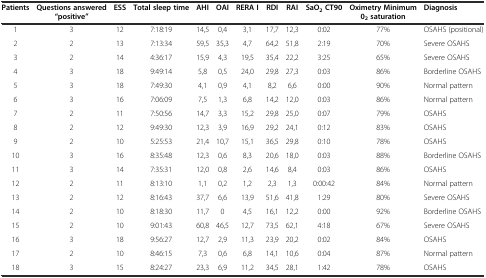
<table><thead><tr><td><b>Patients</b></td><td><b>Questions answered “positive”</b></td><td><b>ESS</b></td><td><b>Total sleep time</b></td><td><b>AHI</b></td><td><b>OAI</b></td><td><b>RERA I</b></td><td><b>RDI</b></td><td><b>RAI</b></td><td><b>SaO<sub>2</sub> CT90</b></td><td><b>Oximetry Minimum 0<sub>2</sub> saturation</b></td><td><b>Diagnosis</b></td></tr></thead><tbody><tr><td>1</td><td>3</td><td>12</td><td>7:18:19</td><td>14,5</td><td>0,4</td><td>3,1</td><td>17,7</td><td>12,3</td><td>0:02</td><td>77%</td><td>OSAHS (positional)</td></tr><tr><td>2</td><td>2</td><td>13</td><td>7:13:34</td><td>59,5</td><td>35,3</td><td>4,7</td><td>64,2</td><td>51,8</td><td>2:19</td><td>70%</td><td>Severe OSAHS</td></tr><tr><td>3</td><td>2</td><td>14</td><td>4:36:17</td><td>15,9</td><td>4,3</td><td>19,5</td><td>35,4</td><td>22,2</td><td>3:25</td><td>65%</td><td>Severe OSAHS</td></tr><tr><td>4</td><td>3</td><td>18</td><td>9:49:14</td><td>5,8</td><td>0,5</td><td>24,0</td><td>29,8</td><td>27,3</td><td>0:03</td><td>86%</td><td>Borderline OSAHS</td></tr><tr><td>5</td><td>3</td><td>18</td><td>7:49:30</td><td>4,1</td><td>0,9</td><td>4,1</td><td>8,2</td><td>6,6</td><td>0:00</td><td>90%</td><td>Normal pattern</td></tr><tr><td>6</td><td>3</td><td>16</td><td>7:06:09</td><td>7,5</td><td>1,3</td><td>6,8</td><td>14,2</td><td>12,0</td><td>0:03</td><td>86%</td><td>Normal pattern</td></tr><tr><td>7</td><td>2</td><td>11</td><td>7:50:56</td><td>14,7</td><td>3,3</td><td>15,2</td><td>29,8</td><td>25,0</td><td>0:07</td><td>79%</td><td>OSAHS</td></tr><tr><td>8</td><td>2</td><td>12</td><td>9:49:30</td><td>12,3</td><td>3,9</td><td>16,9</td><td>29,2</td><td>24,1</td><td>0:12</td><td>83%</td><td>OSAHS</td></tr><tr><td>9</td><td>2</td><td>10</td><td>5:25:53</td><td>21,4</td><td>10,7</td><td>15,1</td><td>36,5</td><td>29,8</td><td>0:10</td><td>78%</td><td>OSAHS</td></tr><tr><td>10</td><td>3</td><td>16</td><td>8:35:48</td><td>12,3</td><td>0,6</td><td>8,3</td><td>20,6</td><td>18,0</td><td>0:03</td><td>88%</td><td>Borderline OSAHS</td></tr><tr><td>11</td><td>3</td><td>14</td><td>7:35:31</td><td>12,0</td><td>0,8</td><td>2,6</td><td>14,6</td><td>8,4</td><td>0:03</td><td>86%</td><td>OSAHS</td></tr><tr><td>12</td><td>2</td><td>11</td><td>8:13:10</td><td>1,1</td><td>0,2</td><td>1,2</td><td>2,3</td><td>1,3</td><td>0:00:42</td><td>84%</td><td>Normal pattern</td></tr><tr><td>13</td><td>2</td><td>12</td><td>8:16:43</td><td>37,7</td><td>6,6</td><td>13,9</td><td>51,6</td><td>41,8</td><td>1:29</td><td>80%</td><td>Severe OSAHS</td></tr><tr><td>14</td><td>2</td><td>10</td><td>8:18:30</td><td>11,7</td><td>0</td><td>4,5</td><td>16,1</td><td>12,2</td><td>0:00</td><td>92%</td><td>Borderline OSAHS</td></tr><tr><td>15</td><td>2</td><td>10</td><td>9:01:43</td><td>60,8</td><td>46,5</td><td>12,7</td><td>73,5</td><td>62,1</td><td>4:18</td><td>67%</td><td>Severe OSAHS</td></tr><tr><td>16</td><td>3</td><td>18</td><td>9:56:27</td><td>12,7</td><td>2,9</td><td>11,3</td><td>23,9</td><td>20,2</td><td>0:02</td><td>84%</td><td>OSAHS</td></tr><tr><td>17</td><td>2</td><td>10</td><td>8:46:15</td><td>7,3</td><td>0,6</td><td>6,8</td><td>14,1</td><td>10,6</td><td>0:04</td><td>87%</td><td>Normal pattern</td></tr><tr><td>18</td><td>3</td><td>15</td><td>8:24:27</td><td>23,3</td><td>6,9</td><td>11,2</td><td>34,5</td><td>28,1</td><td>1:42</td><td>78%</td><td>OSAHS</td></tr></tbody></table>